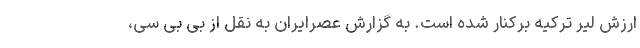
ارزش لیر ترکیه برکنار شده است. به گزارش عصرایران به نقل از بی بی سی،